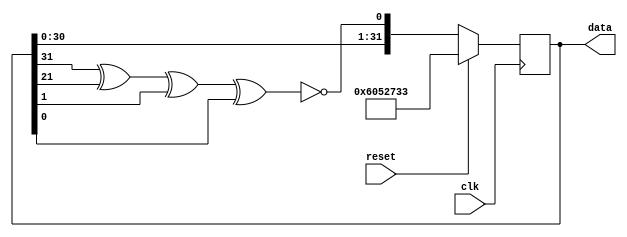
`timescale 1ns / 1ps

module lfsr2    (
data            ,  // Output of the counter
clk             ,  // clock input
reset              // reset input
);


//----------Output Ports--------------
//output [31:0] out;
//------------Input Ports--------------
//inout [31:0] data;
input  clk, reset;
//------------Internal Variables--------
output reg [31:0] data;
//output reg [31:0] out;
wire  linear_feedback;

//-------------Code Starts Here-------
assign linear_feedback = !(data[31] ^ data[21] ^ data[1] ^ data[0]);
//assign out =data;
always @(posedge clk)
if (reset) begin // active high reset
  data <= 32'd101001011 ;
end else  
  data <= {data[30],data[29],data[28],data[27],data[26],data[25],data[24],data[23],
          data[22],data[21],data[20],data[19],data[18],data[17],data[16],data[15],data[14],
          data[13],data[12],data[11],data[10],data[9] ,data[8],data[7],data[6],data[5],
			 data[4],data[3],data[2],data[1],data[0],linear_feedback};
//out <= data;
endmodule